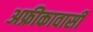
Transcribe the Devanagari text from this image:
अफ्रीकावासी